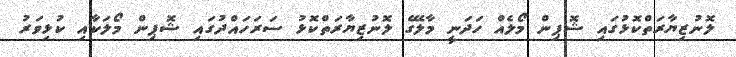
ލޮނުޒިޔާރަތްކޮޅުގައި ޝޮޕިން މޯލެއް ހަދަނީ މާލޭގެ ލޮނުޒިޔާރަތްކޮޅު ސަރަހައްދުގައި ޝޮޕިން މޯލަކާއި ކުޅިވަރު